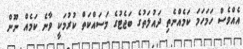
އެއްވެސް ހަމަހަމަ ކަމެއްނެތި ދައުލަތުގެ ބަޖެޓުގެ މަސައްކަތް ކުރުމަކީ ވާނެ ކަމެއް ނޫން